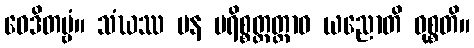
ဝေဒိတဗ္ဗံ။ သံဃဿ ပန ပရိစ္စတ္တတ္တာဝ ယညောတိ ဝုစ္စတိ။